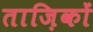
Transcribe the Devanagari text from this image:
ताज़िकों